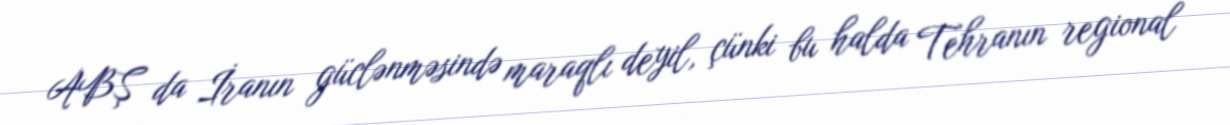
ABŞ da İranın güclənməsində maraqlı deyil, çünki bu halda Tehranın regional